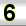
Digit: 6